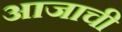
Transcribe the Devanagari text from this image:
आजाची